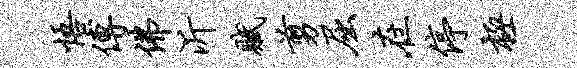
悟傅佛沂赋剪屈在停极